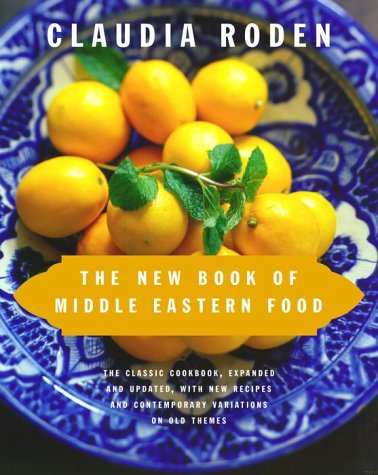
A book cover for The New Book of Middle Eastern Food; Claudia Roden; Cookbooks, Food & Wine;